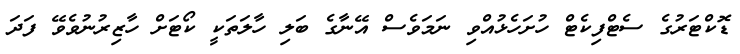
ޑޮކްޓަރުގެ ސެޓްފިކެޓް ހުށަހެޅުއްވި ނަމަވެސް އޭނާގެ ބަލި ހާލަތަކީ ކޯޓަށް ހާޒިރުނުވެވޭ ފަދަ